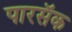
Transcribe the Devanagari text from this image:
पारसॅक